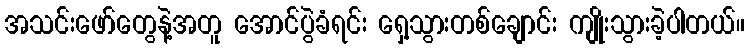
အသင်းဖော်တွေနဲ့အတူ အောင်ပွဲခံရင်း ရှေ့သွားတစ်ချောင်း ကျိုးသွားခဲ့ပါတယ်။